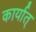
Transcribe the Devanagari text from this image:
कार्यात्